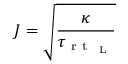
J = \sqrt { \frac { \kappa } { \tau _ { \mathrm { ~ r ~ t ~ } _ { \mathrm { ~ L ~ } } } } }